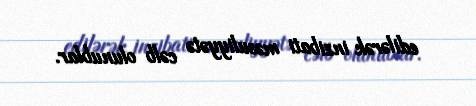
edilərək inzibati məsuliyyətə cəlb olunublar.